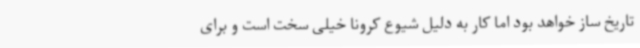
تاریخ ساز خواهد بود اما کار به دلیل شیوع کرونا خیلی سخت است و برای